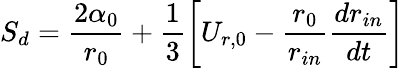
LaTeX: S_{d}=\frac{2\alpha_{0}}{r_{0}}+\frac{1}{3}\left[U_{r,0}-\frac{r_{0}}{r_{in}}\frac{dr_{in}}{dt}\right]